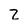
Character: Z